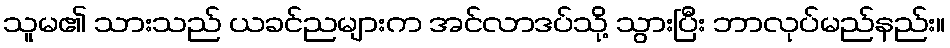
သူမ၏ သားသည် ယခင်ညများက အင်လာဒပ်သို့ သွားပြီး ဘာလုပ်မည်နည်း။